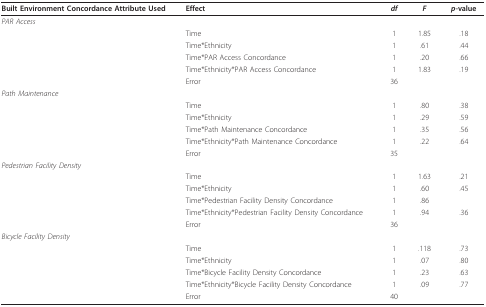
<table><thead><tr><td><b>Built Environment Concordance Attribute Used</b></td><td><b>Effect</b></td><td><b><i>df</i></b></td><td><b><i>F</i></b></td><td><b><i>p</i>-value</b></td></tr></thead><tbody><tr><td><i>PAR Access</i></td><td></td><td></td><td></td><td></td></tr><tr><td></td><td>Time</td><td>1</td><td>1.85</td><td>.18</td></tr><tr><td></td><td>Time*Ethnicity</td><td>1</td><td>.61</td><td>.44</td></tr><tr><td></td><td>Time*PAR Access Concordance</td><td>1</td><td>.20</td><td>.66</td></tr><tr><td></td><td>Time*Ethnicity*PAR Access Concordance</td><td>1</td><td>1.83</td><td>.19</td></tr><tr><td></td><td>Error</td><td>36</td><td></td><td></td></tr><tr><td><i>Path Maintenance</i></td><td></td><td></td><td></td><td></td></tr><tr><td></td><td>Time</td><td>1</td><td>.80</td><td>.38</td></tr><tr><td></td><td>Time*Ethnicity</td><td>1</td><td>.29</td><td>.59</td></tr><tr><td></td><td>Time*Path Maintenance Concordance</td><td>1</td><td>.35</td><td>.56</td></tr><tr><td></td><td>Time*Ethnicity*Path Maintenance Concordance</td><td>1</td><td>.22</td><td>.64</td></tr><tr><td></td><td>Error</td><td>35</td><td></td><td></td></tr><tr><td><i>Pedestrian Facility Density</i></td><td></td><td></td><td></td><td></td></tr><tr><td></td><td>Time</td><td>1</td><td>1.63</td><td>.21</td></tr><tr><td></td><td>Time*Ethnicity</td><td>1</td><td>.60</td><td>.45</td></tr><tr><td></td><td>Time*Pedestrian Facility Density Concordance</td><td>1</td><td>.86</td><td></td></tr><tr><td></td><td>Time*Ethnicity*Pedestrian Facility Density Concordance</td><td>1</td><td>.94</td><td>.36</td></tr><tr><td></td><td>Error</td><td>36</td><td></td><td></td></tr><tr><td><i>Bicycle Facility Density</i></td><td></td><td></td><td></td><td></td></tr><tr><td></td><td>Time</td><td>1</td><td>.118</td><td>.73</td></tr><tr><td></td><td>Time*Ethnicity</td><td>1</td><td>.07</td><td>.80</td></tr><tr><td></td><td>Time*Bicycle Facility Density Concordance</td><td>1</td><td>.23</td><td>.63</td></tr><tr><td></td><td>Time*Ethnicity*Bicycle Facility Density Concordance</td><td>1</td><td>.09</td><td>.77</td></tr><tr><td></td><td>Error</td><td>40</td><td></td><td></td></tr></tbody></table>